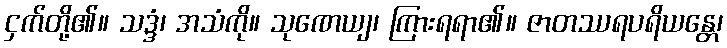
ငှက်တို့၏။ သဒ္ဒံ၊ အသံကို။ သုဏေယျ၊ ကြားရရာ၏။ ဇာတဿရပရိယန္တေ၊